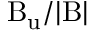
\mathrm { B _ { u } } / | \mathrm { B } |